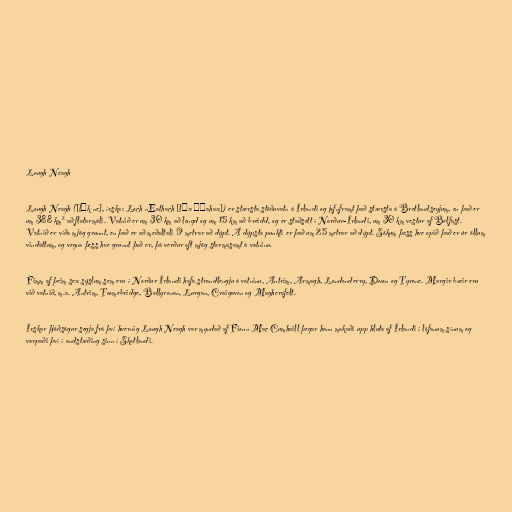
Lough Neagh

Lough Neagh ([lɔk ne], írska: Loch nEathach [lɔx ˈɲahax]) er stærsta stöðuvatn á Írlandi og jafnframt það stærsta á Bretlandseyjum, en það er
um 388 km² að flatarmáli. Vatnið er um 30 km að lengd og um 15 km að breidd, og er staðsett í Norður-Írlandi, um 30 km vestur af Belfast.
Vatnið er víða mjög grunnt, en það er að meðaltali 9 metrar að dýpt. Á dýpsta punkti er það um 25 metrar að dýpt. Sökum þess hve opið það er úr öllum
vindáttum, og vegna þess hve grunnt það er, þá verður oft mjög stormasamt á vatninu.

Fimm af þeim sex sýslum sem eru í Norður Írlandi hafa strandlengju á vatninu, Antrim, Armagh, Londonderry, Down og Tyrone. Margir bæir eru
við vatnið, m.a. Antrim, Toomebridge, Ballyronan, Lurgan, Craigavon og Magherafelt.

Írskar þjóðsögur segja frá því hvernig Lough Neagh var myndað af Fionn Mac Cumhaill þegar hann mokaði upp hluta af Írlandi í lófanum sínum og
varpaði því í andstæðing sinn í Skotlandi.